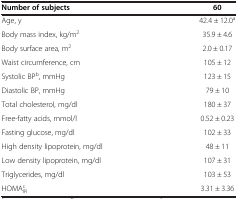
| Number of subjects | 60 |
 | --- | --- |
 | Age, y | 42.4 ± 12.0a |
 | Body mass index, kg/m2 | 35.9 ± 4.6 |
 | Body surface area, m2 | 2.0 ± 0.17 |
 | Waist circumference, cm | 105 ± 12 |
 | Systolic BPb, mmHg | 123 ± 15 |
 | Diastolic BP, mmHg | 79 ± 10 |
 | Total cholesterol, mg/dl | 180 ± 37 |
 | Free-fatty acids, mmol/l | 0.52 ± 0.23 |
 | Fasting glucose, mg/dl | 102 ± 33 |
 | High density lipoprotein, mg/dl | 48 ± 11 |
 | Low density lipoprotein, mg/dl | 107 ± 31 |
 | Triglycerides, mg/dl | 103 ± 53 |
 | HOMAIRc | 3.31 ± 3.36 |